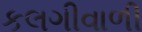
કલગીવાળી